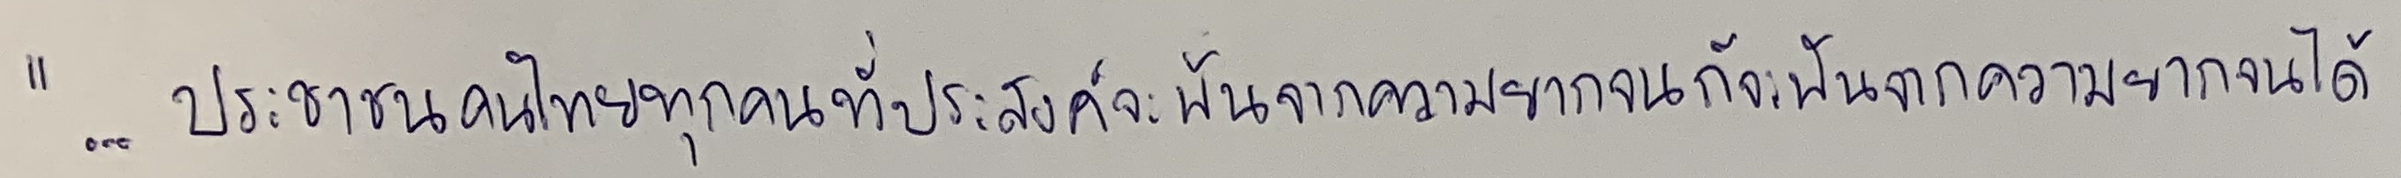
"...ประชาชนคนไทยทุกคนที่ประสงค์จะพ้นจากความยากจนก็จะพ้นจากความยากจนได้